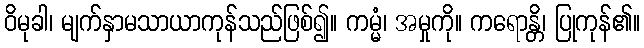
ဝိမုခါ၊ မျက်နှာမသာယာကုန်သည်ဖြစ်၍။ ကမ္မံ၊ အမှုကို။ ကရောန္တိ၊ ပြုကုန်၏။